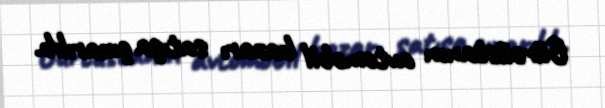
Gürcüstanın avtomobil bazarı satışa çıxarılıb.